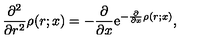
\frac { \partial ^ { 2 } } { \partial r ^ { 2 } } \rho ( r ; x ) = - \frac { \partial } { \partial x } \mathrm { e } ^ { - \frac { \partial } { \partial x } \rho ( r ; x ) } ,